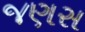
જણસ